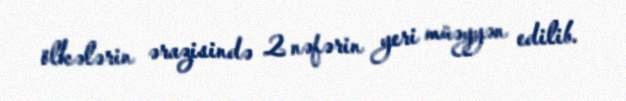
ölkələrin ərazisində 2 nəfərin yeri müəyyən edilib.